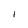
Character: I